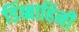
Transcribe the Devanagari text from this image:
डिंब्बाहिनी